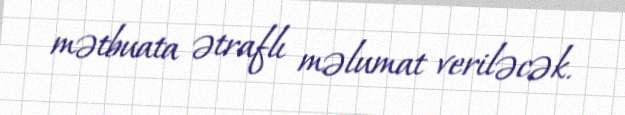
mətbuata ətraflı məlumat veriləcək.